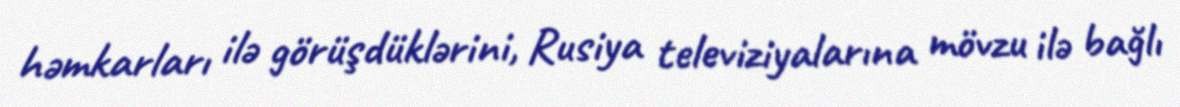
həmkarları ilə görüşdüklərini, Rusiya televiziyalarına mövzu ilə bağlı